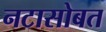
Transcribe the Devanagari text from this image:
नटासोबत